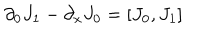
\partial _ { 0 } J _ { 1 } - \partial _ { x } J _ { 0 } = [ J _ { 0 } , J _ { 1 } ]